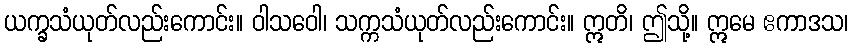
ယက္ခသံယုတ်လည်းကောင်း။ ဝါသဝေါ၊ သက္ကသံယုတ်လည်းကောင်း။ ဣတိ၊ ဤသို့။ ဣမေ ဧကာဒသ၊